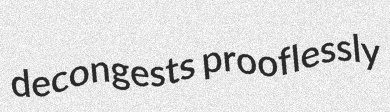
decongests prooflessly